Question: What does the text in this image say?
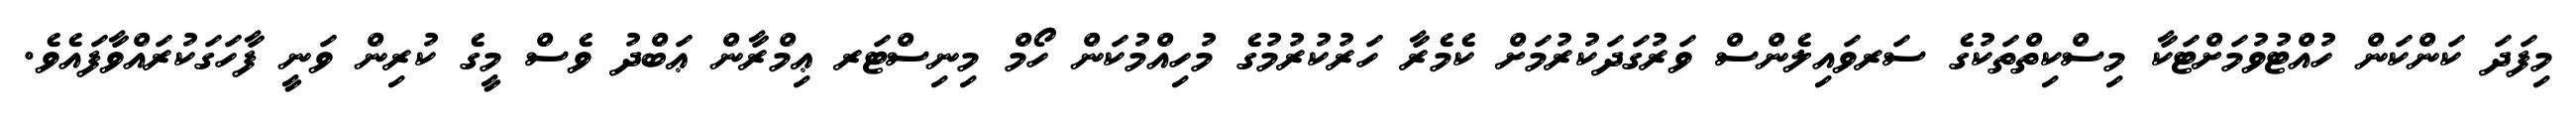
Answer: މިފަދަ ކަންކަން ހުއްޓުވުމަށްޓަކާ މިސްކިތްތަކުގެ ސަރވައިލެންސް ވަރުގަދަކުރުމަށް ކެމެރާ ހަރުކުރުމުގެ މުހިއްމުކަން ހޯމް މިނިސްޓަރ ޢިމްރާން ޢަބްދު ވެސް މީގެ ކުރިން ވަނީ ފާހަގަކުރައްވާފައެވެ.